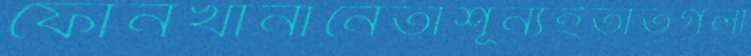
ফোনখানানেতাশূন্যইতাতগলা